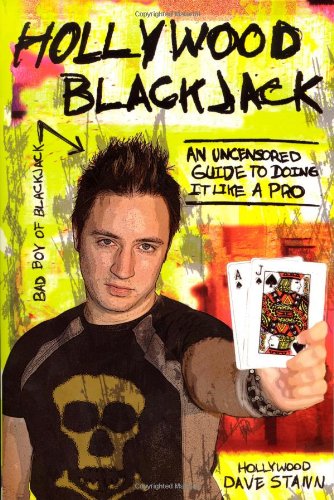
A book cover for Hollywood Blackjack: An Uncensored Guide to Doing It Like a Pro; Dave Stann; Humor & Entertainment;